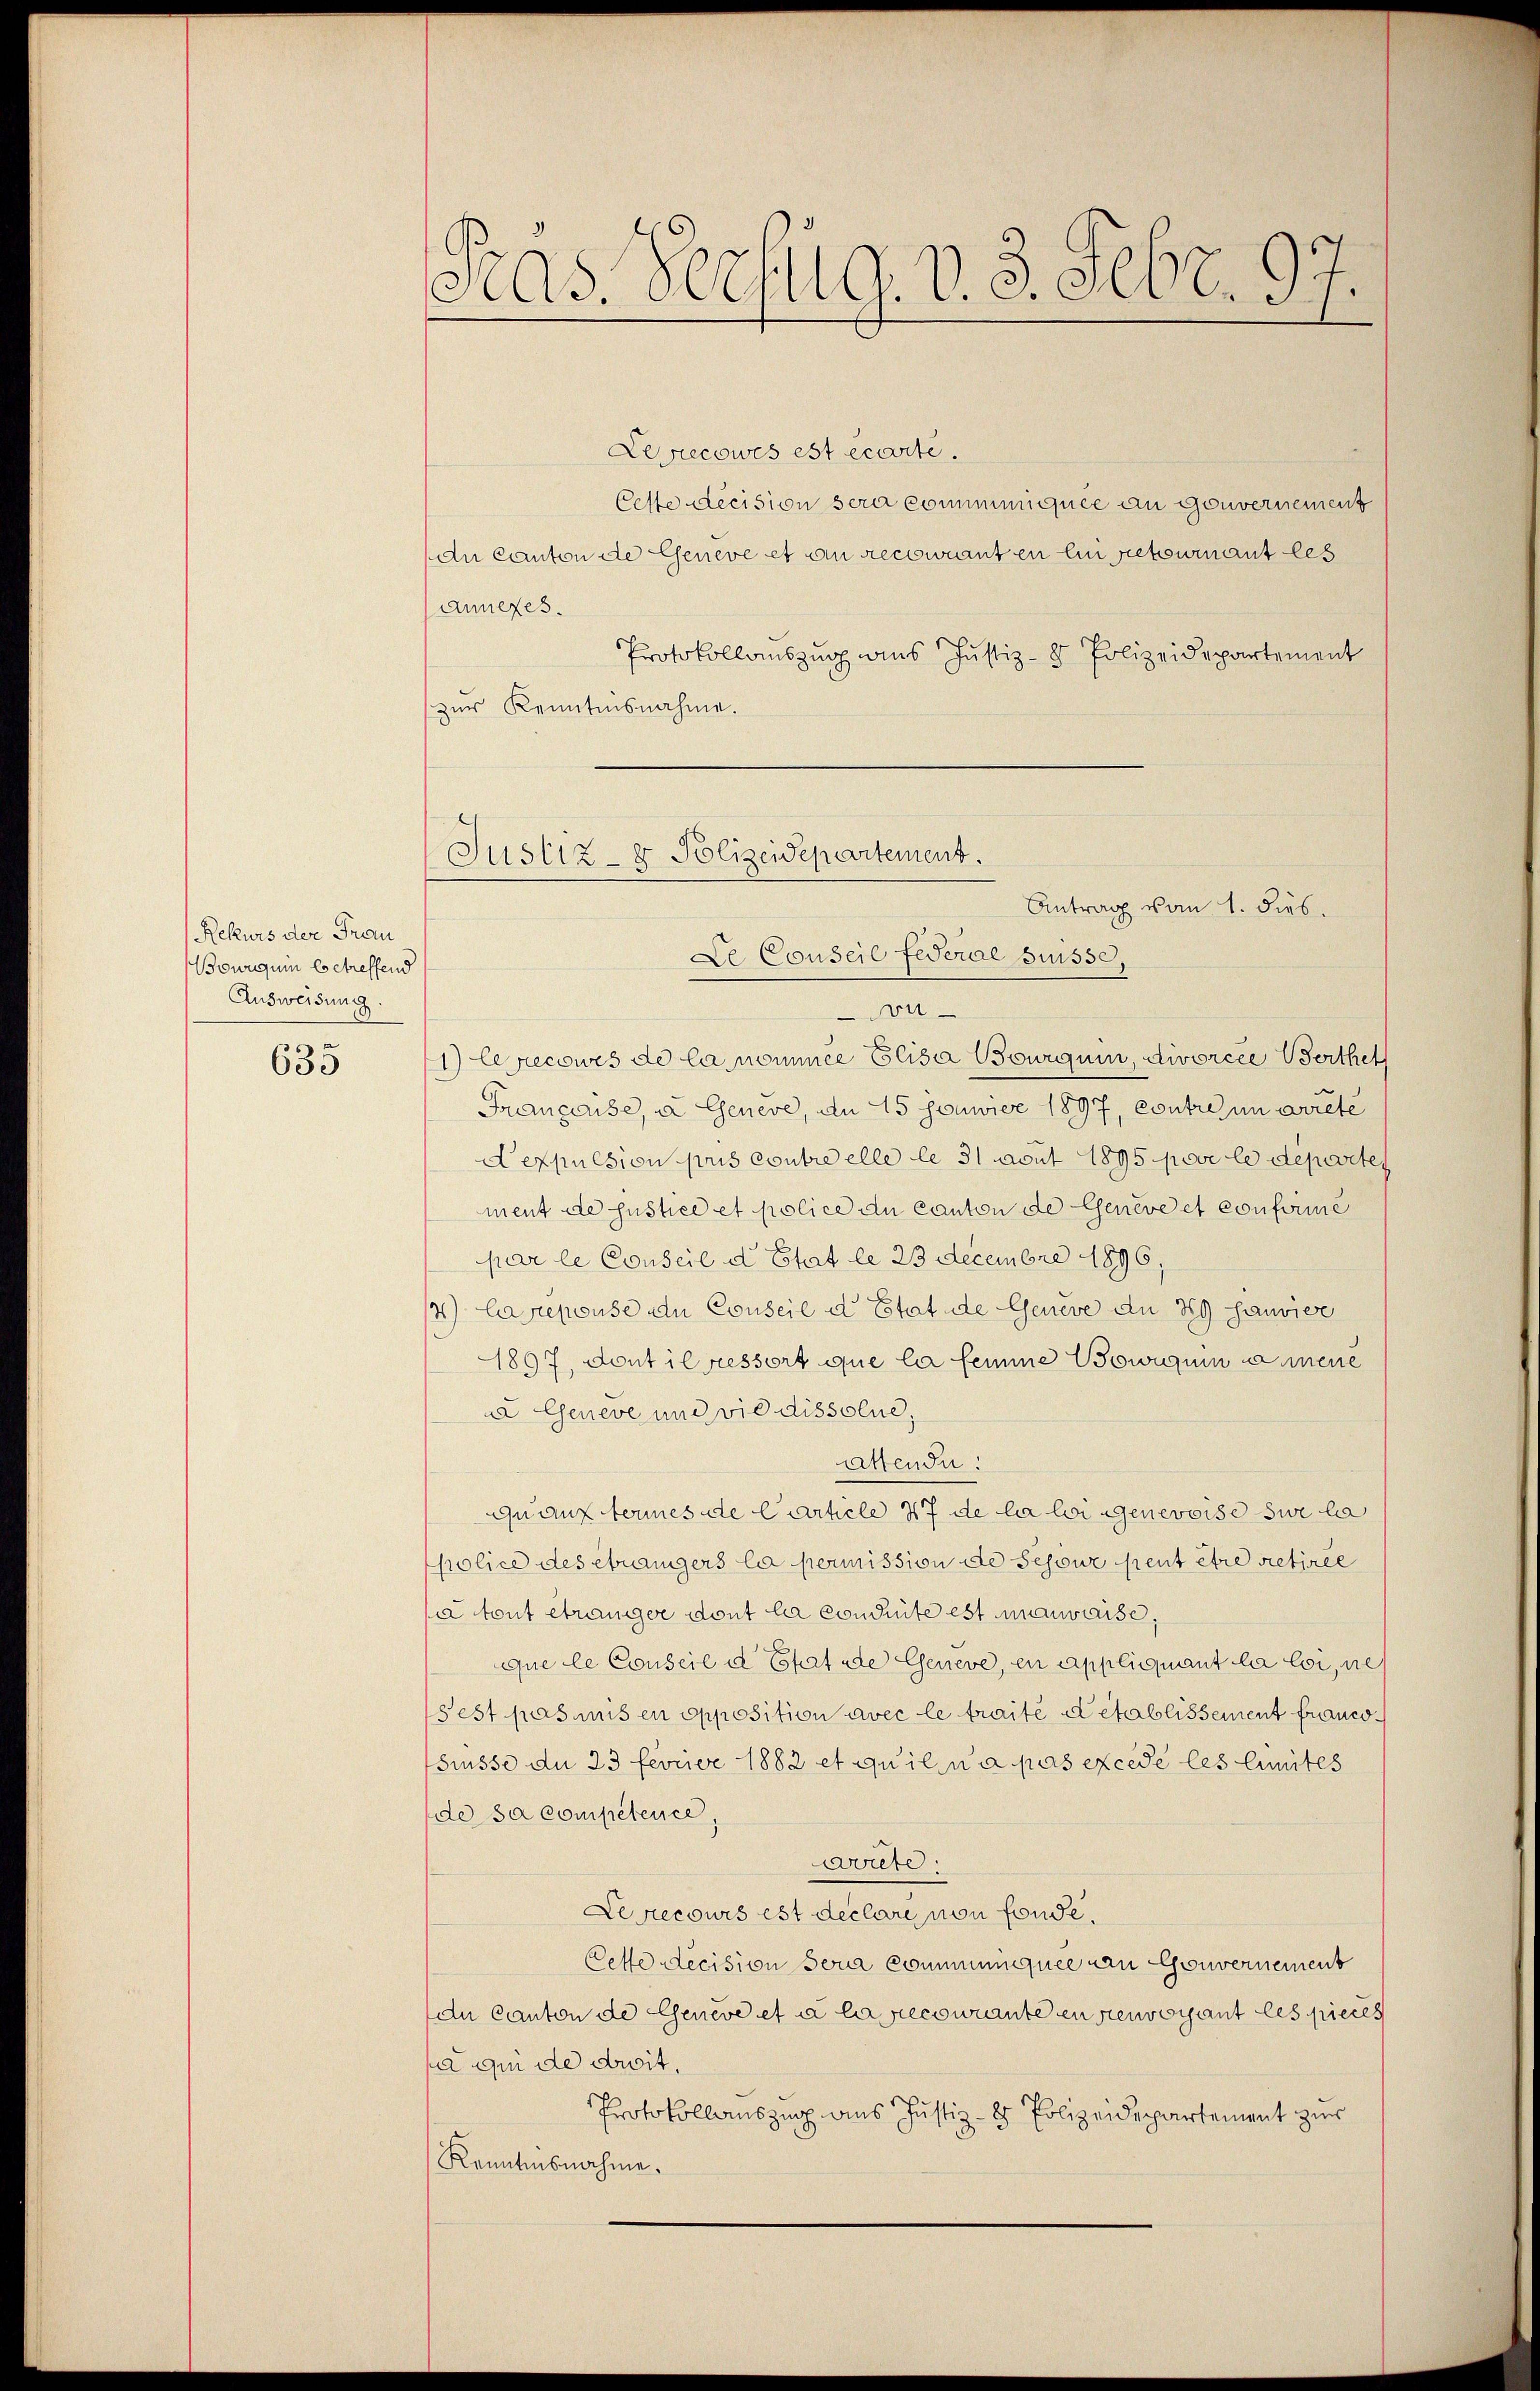
Rekurs der Frau
Bowrquin betreffend
Ausweisung.

635

Pras. Verzug. v. 3. Febr. 97.

Levicowis est écarte.
Cette decision sera communiquce an Gouvernement
An Canton de Geneve et an recowinten ein retournant les
Anneres.
Protokollauszug aus Justiz- & Polizeidepartement
zur Kenntnisnahme.
Le Conseil Federal Suisse,
on
1) Cepecowes de la nommée Elisa Bourguin, divorcée Berthet
Française, u Geneve, am 15 Jamier 1897, contre in arrete
Aexpulsion puis contre elle de 31 avut 1895 pove le departe
ment de Justice et police du Canton de Geneve et conforme
par le Conseil d Etat le 23 Decembre 1896,
4) Carepouse du Conseil d Etat de Genève du 19 sauvier
1897, dont il ressort que la femme Bowigum dene
u Geneve und vie dissolue,
attende:
quauz termesate Carticle 47 de la liggenevoise sie le
police des etwanigers la permission de Schour peut être retirée
a tout étranger dont la conduite est mauvaise,
que le Conseil d Etat de Geneve, en appliquant la loi, ne
Fest pas mis en opposition avec le traite detablissement Frauedsrüsse de 23 ferner 1882 et qu’il n’a pas excede les limites
de sa compétence,
Grete.
Lesrecours est declare von fonde.
Cette decision sera communiquee an Gouvernement
du Canton de Geneve et à la recowinte enstenvoyant les pieces
 qui de drit.
Protokollauszug aus Justiz- & Polizeidepartement zur
Kenntnisnahme.

Justiz- & Polizeidepartement.
Antrag vom 1. dies